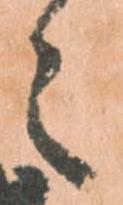
々